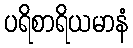
ပရိစာရိယမာနံ